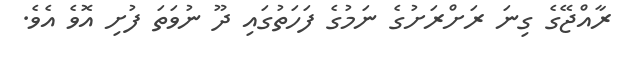
ރާއްޖޭގެ ގިނަ ރަށްރަށުގެ ނަމުގެ ފަހަތުގައި ދޫ ނުވަތަ ފުށިި އޮވެ އެވެ.